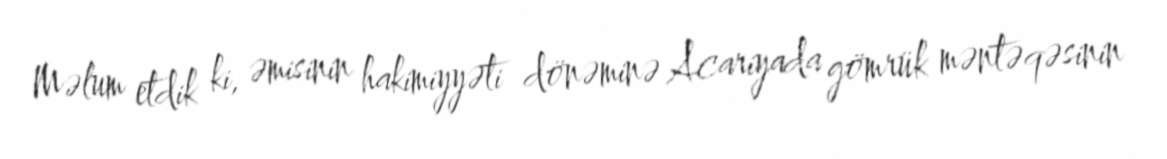
Məlum etdik ki, əmisinin hakimiyyəti dönəminə Acariyada gömrük məntəqəsinin